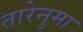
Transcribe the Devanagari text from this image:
तारेनुमा